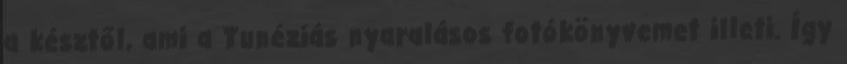
a késztől, ami a Tunéziás nyaralásos fotókönyvemet illeti. Így